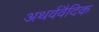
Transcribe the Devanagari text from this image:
अथर्ववैदिक